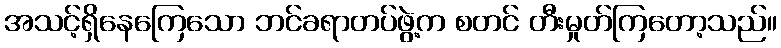
အသင့်ရှိနေကြေသော ဘင်ခရာတပ်ဖွဲ့က စတင် တီးမှုတ်ကြတော့သည်။